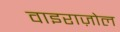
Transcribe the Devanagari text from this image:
वाइराज़ोल